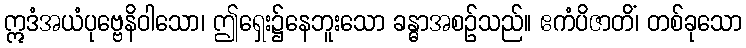
ဣဒံအယံပုဗ္ဗေနိဝါသော၊ ဤရှေး၌နေဘူးသော ခန္ဓာအစဉ်သည်။ ဧကံပိဇာတိံ၊ တစ်ခုသော